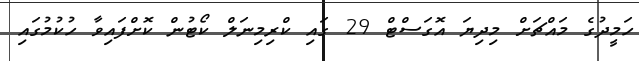
ހަމީދުގެ މައްޗަށް މިދިޔަ އޮގަސްޓް 29 ގައި ކްރިމިނަލް ކޯޓުން ކޮށްފައިވާ ހުކުމުގައި